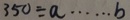
3 5 0 \div a \cdots b